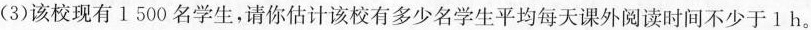
(3)该校现有1 500名学生，请你估计该校有多少名学生平均每天课外阅读时间不少于1 h。